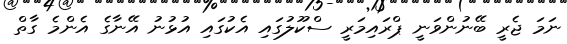
ނަމަ ޖެރީ ބޭނުންވަނީ ޕްރައިމަރީ ސްކޫލުގައި އެކުގައި އުޅުނު އޭނާގެ އެންމެ ގާތް